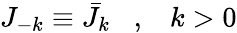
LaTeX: J_{-k}\equiv\bar{J}_{k}\; \; \; ,\; \; \; k>0